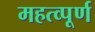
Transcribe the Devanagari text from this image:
महत्‍व्‍पूर्ण